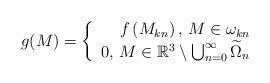
LaTeX: \begin{align*}g(M)=\left\{\begin{array}{rl}f\left(M_{kn}\right),\, M\in\omega_{kn} \\0, \, M\in \mathbb{R}^{3}\setminus\bigcup_{n=0}^{\infty} \widetilde{\Omega}_{n}\end{array}\right.\end{align*}